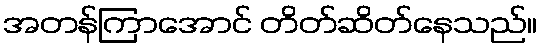
အတန်ကြာအောင် တိတ်ဆိတ်နေသည်။